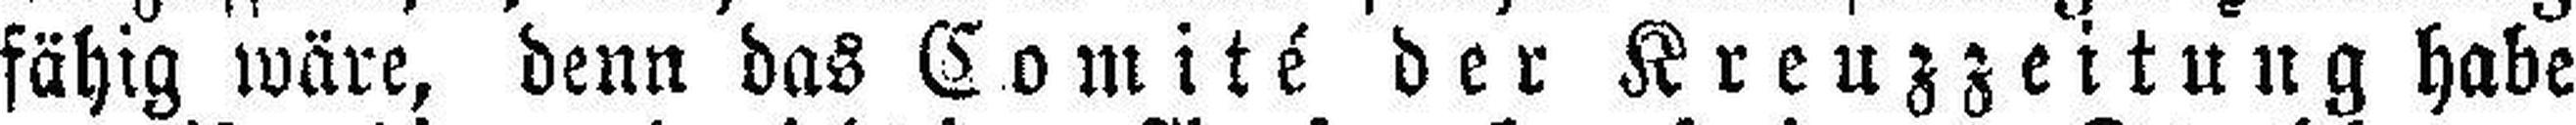
fähig wäre, denn das Comité der Kreuzzeitung habe